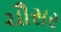
ચૌસર